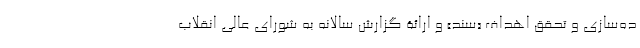
ده‌سازی و تحقق اهداف «سند» و ارائۀ گزارش سالانه به شورای عالی انقلاب